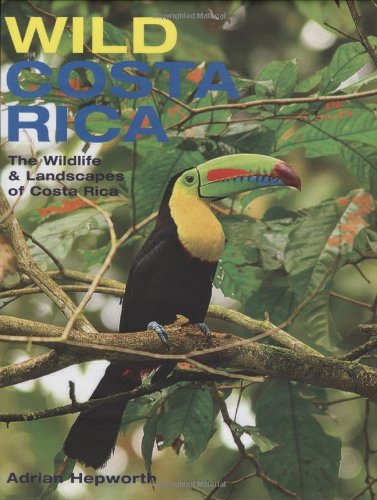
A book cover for Wild Costa Rica: The Wildlife and Landscapes of Costa Rica; Adrian Hepworth; Travel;